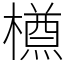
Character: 𣜃